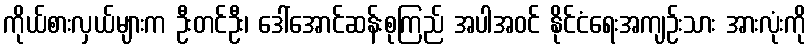
ကိုယ်စားလှယ်များက ဦးတင်ဦး၊ ဒေါ်အောင်ဆန်းစုကြည် အပါအဝင် နိုင်ငံရေးအကျဉ်းသား အားလုံးကို